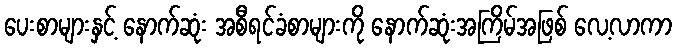
ပေးစာများနှင့် နောက်ဆုံး အစီရင်ခံစာများကို နောက်ဆုံးအကြိမ်အဖြစ် လေ့လာကာ